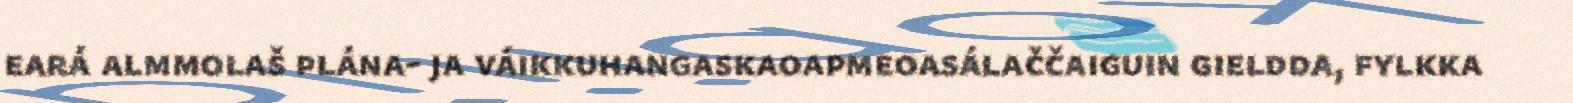
eará almmolaš plána- ja váikkuhangaskaoapmeoasálaččaiguin gieldda, fylkka